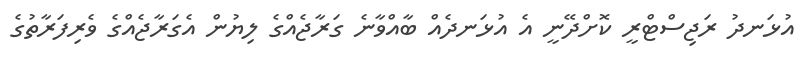
އުޅަނދު ރަޖިސްޓްރީ ކޮށްދޭނީ އެ އުޅަނދެއް ބާއްވާނެ ގަރާޖެއްގެ ލިޔުން އެގަރާޖެއްގެ ވެރިފަރާތުގެ